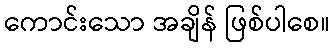
ကောင်းသော အချိန် ဖြစ်ပါစေ။